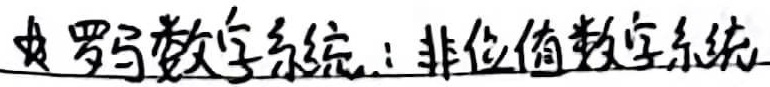
罗马数字系统：非位值数字系统